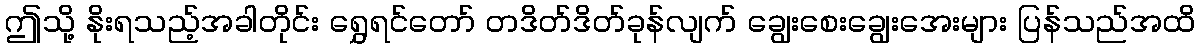
ဤသို့ နိုးရသည့်အခါတိုင်း ရွှေရင်တော် တဒိတ်ဒိတ်ခုန်လျက် ချွေးစေးချွေးအေးများ ပြန်သည်အထိ